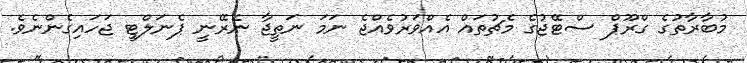
މުބާރާތުގެ ގްރޫޕް ސްޓޭޖުގެ މެޗުތައް އެއްވަރުވެއްޖެ ނަމަ ނަތީޖާ ނެރޭނީ ޕެނަލްޓީ ޖަހައިގެންނެވެ.